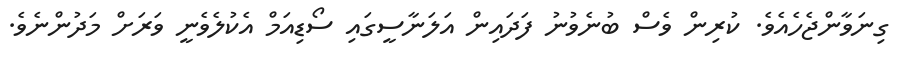
ގިނަވާންޖެހެއެވެ. ކުރިން ވެސް ބުނެވުނު ފަދައިން އަލަނާސީގައި ސޯޑިއަމް އެކުލެވެނީ ވަރަށް މަދުންނެވެ.